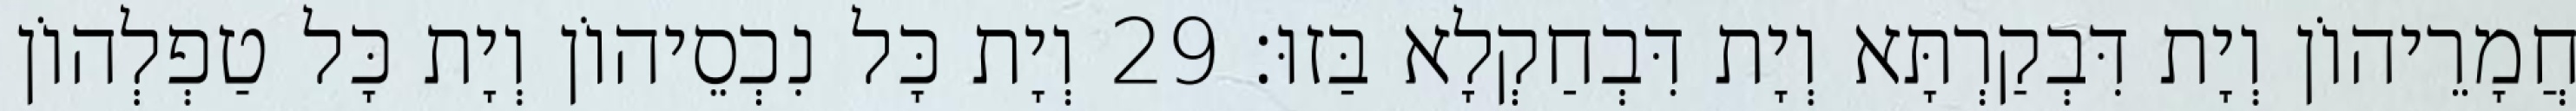
חֲמָרֵיהוֹן וְיָת דִּבְקַרְתָּא וְיָת דִּבְחַקְלָא בַּזוּ׃ 29 וְיָת כָּל נִכְסֵיהוֹן וְיָת כָּל טַפְלְהוֹן